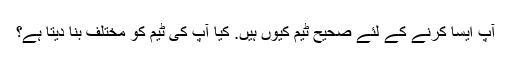
آپ ایسا کرنے کے لئے صحیح ٹیم کیوں ہیں. کیا آپ کی ٹیم کو مختلف بنا دیتا ہے؟